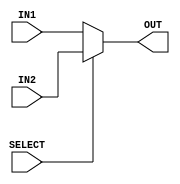
// Computer Architecture (CO224) - Lab 05
// Design: 2 to 1 Multiplexer 32-bit module
// Group Number : 17

`timescale  1ns/100ps

module mux2to1_32bit(IN1, IN2, OUT, SELECT);
	input [31:0] IN1, IN2;
	input SELECT;
	output reg [31:0] OUT;

    always @(*) begin 
        if (SELECT) begin 
            OUT = IN2; 
        end 

        else OUT = IN1;  
    end	
endmodule